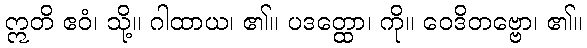
ဣတိ ဧဝံ၊ သို့။ ဂါထာယ၊ ၏။ ပဒတ္ထော၊ ကို။ ဝေဒိတဗ္ဗော၊ ၏။